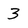
Character: 3